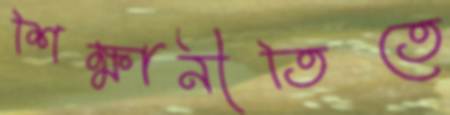
শিক্ষানীতিতে